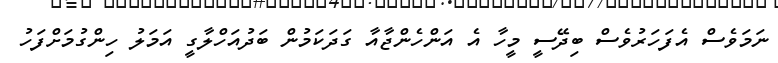
ނަމަވެސް އެފަހަރުވެސް ބިދޭސީ މީހާ އެ އަންހެންޖާއާ ގަދަކަމުން ބަދުއަހްލާގީ އަމަލު ހިންގުމަށްފަހު